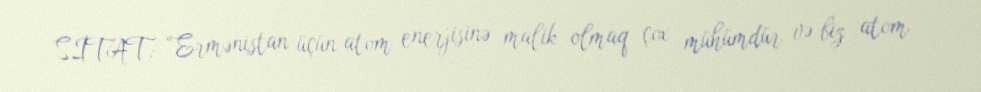
SİTAT: “Ermənistan üçün atom enerjisinə malik olmaq çox mühümdür və biz atom